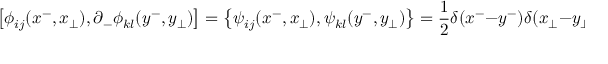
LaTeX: \left[ \phi _ { i j } ( x ^ { - } , x _ { \perp } ) , \partial _ { - } \phi _ { k l } ( y ^ { - } , y _ { \perp } ) \right] = \left\{ \psi _ { i j } ( x ^ { - } , x _ { \perp } ) , \psi _ { k l } ( y ^ { - } , y _ { \perp } ) \right\} = \frac { 1 } { 2 } \delta ( x ^ { - } - y ^ { - } ) \delta ( x _ { \perp } - y _ { \perp } ) \delta _ { i l } \delta _ { j k } .